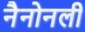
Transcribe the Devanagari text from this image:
नैनोनली